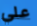
علي